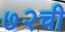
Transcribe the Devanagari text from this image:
७२ची